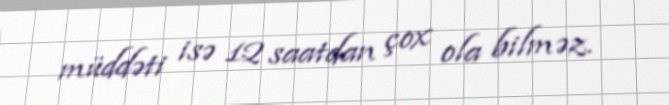
müddəti isə 12 saatdan çox ola bilməz.